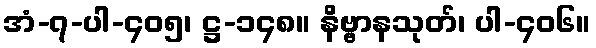
အံ-၇-ပါ-၄၀၅၊ ဋ္ဌ-၁၄၈။ နိဗ္ဗာနသုတ်၊ ပါ-၄၀၆။